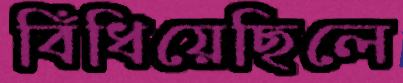
বিঁধিয়েছিলে